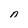
Character: n